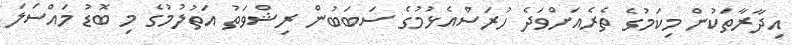
އިދާރާތަކުން މިކަމުގެ ތެރެއަށްވަދެ ހުރަސްއެޅުމުގެ ސަބަބުން ރިޝްވަތު އަތުލުމުގެ މި ބޮޑު މައްސަލަ